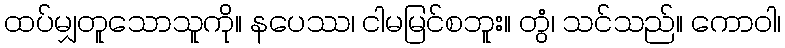
ထပ်မျှတူသောသူကို။ နပေဿ၊ ငါမမြင်စဘူး။ တွံ၊ သင်သည်။ ကောဝါ၊